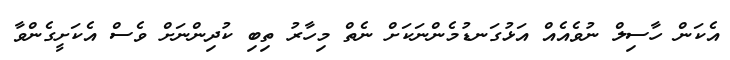
އެކަން ހާސިލް ނުވެއެއް އަޅުގަނޑުމެންނަކަށް ނެތް މިހާރު ތިބި ކުދިންނަށް ވެސް އެކަށީގެންވާ